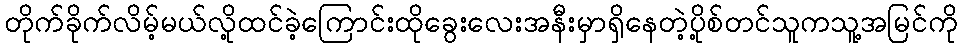
တိုက်ခိုက်လိမ့်မယ်လို့ထင်ခဲ့ကြောင်းထိုခွေးလေးအနီးမှာရှိနေတဲ့ပို့စ်တင်သူကသူ့အမြင်ကို